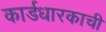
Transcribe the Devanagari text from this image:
कार्डधारकाची